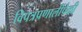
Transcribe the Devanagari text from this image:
विपत्रप्रणालींपैकी